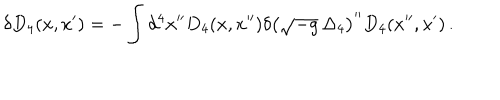
\delta D _ { 4 } ( x , x ^ { \prime } ) = - \int d ^ { 4 } x ^ { \prime \prime } D _ { 4 } ( x , x ^ { \prime \prime } ) \delta \left( \sqrt { - g } \, \Delta _ { 4 } \right) ^ { \prime \prime } D _ { 4 } ( x ^ { \prime \prime } , x ^ { \prime } ) \, .